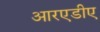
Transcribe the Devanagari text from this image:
आरएडीए